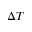
\Delta T